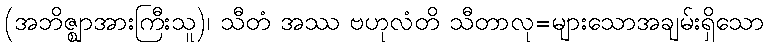
(အဘိဇ္ဈာအားကြီးသူ)၊ သီတံ အဿ ဗဟုလံတိ သီတာလု=များသောအချမ်းရှိသော